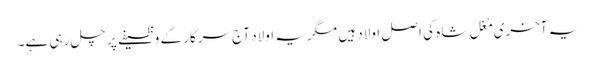
یہ آخری مْغل شاہ کی اصل اولاد ہیں مگر یہ اولاد آج سرکار کے وظیفے پر چل رہی ہے۔